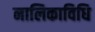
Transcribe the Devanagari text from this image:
नालिकाविधि